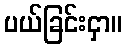
ပယ်ခြင်းငှာ။